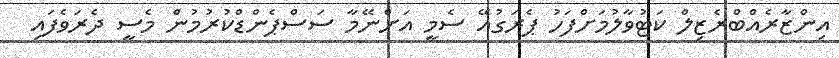
އިންޒާރެއްބްރެޒިލް ކަޓުވާލުމަށްފަހު ޕެރަގުއޭ ސެމީ އަށްނޭމާ ސަސްޕެންޑްކުރުމުން މެސީ ދެރަވެފައި